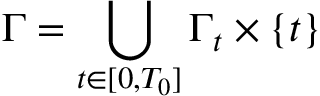
\Gamma = \bigcup _ { t \in [ 0 , T _ { 0 } ] } \Gamma _ { t } \times \{ t \}